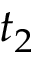
t _ { 2 }